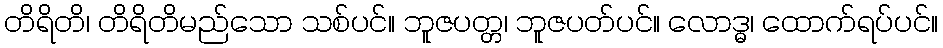
တိရိတိ၊ တိရိတိမည်သော သစ်ပင်။ ဘူဇပတ္တ၊ ဘူဇပတ်ပင်။ လောဒ္ဓ၊ ထောက်ရပ်ပင်။